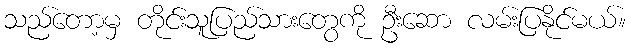
သည်တော့မှ တိုင်းသူပြည်သားတွေကို ဦးဆော လမ်းပြနိုင်မယ်။